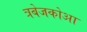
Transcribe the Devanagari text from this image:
त्रबेजकोआ